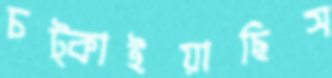
চট্‌কাইয়াছিস